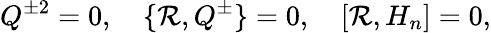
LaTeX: Q^{\pm2}=0,\quad\{ \mathcal{R},Q^{\pm}\} =0,\quad[\mathcal{R},H_{n}]=0,